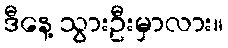
ဒီနေ့ သွားဦးမှာလား။